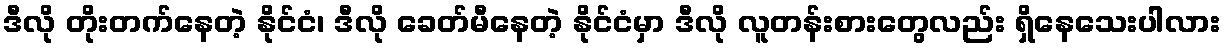
ဒီလို တိုးတက်နေတဲ့ နိုင်ငံ၊ ဒီလို ခေတ်မီနေတဲ့ နိုင်ငံမှာ ဒီလို လူတန်းစားတွေလည်း ရှိနေသေးပါလား